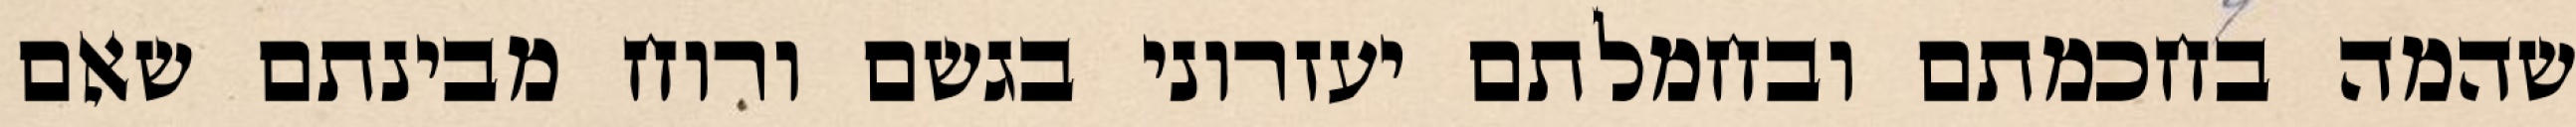
שהמה בחכמתם ובחמלתם יעזרוני בגשם ורוח מבינתם שאם